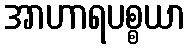
အာဟာရပစ္စယာ